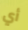
أي